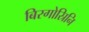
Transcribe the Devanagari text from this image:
बिरगोस्रिनि